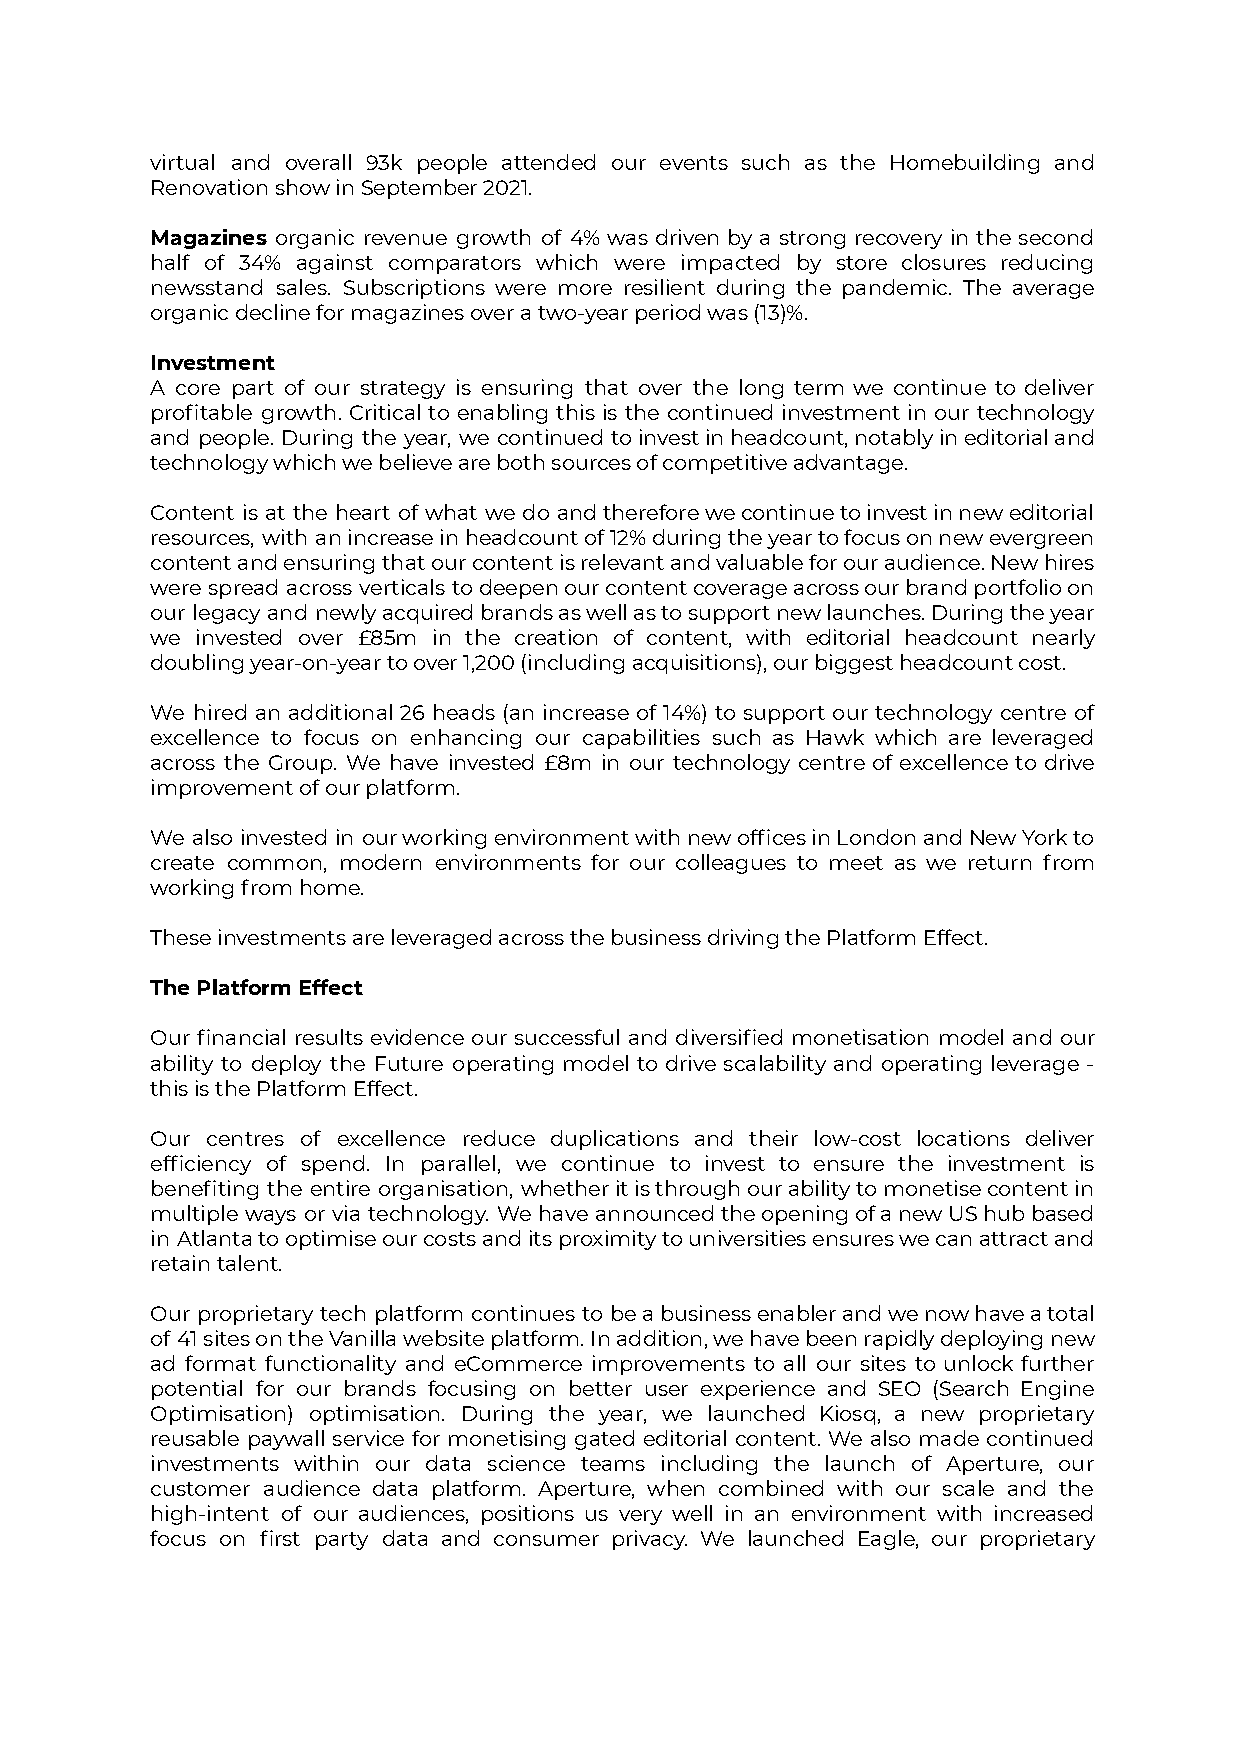
virtual and overall 93k people attended our events such as the Homebuilding and
 Renovation show in September 2021.
 Magazines organic revenue growth of 4% was driven by a strong recovery in the second
 half of 34% against comparators which were impacted by store closures reducing
 newsstand sales. Subscriptions were more resilient during the pandemic. The average
 organic decline for magazines over a two-year period was (13)%.
 Investment
 A core part of our strategy is ensuring that over the long term we continue to deliver
 profitable growth. Critical to enabling this is the continued investment in our technology
 and people. During the year, we continued toinvestinheadcount,notablyineditorialand
 technology which we believe are both sources of competitive advantage.
 Content is at the heart of what we do andthereforewecontinuetoinvestinneweditorial
 resources, with anincreaseinheadcountof12%duringtheyeartofocusonnewevergreen
 contentandensuringthatourcontentisrelevantandvaluableforouraudience.Newhires
 were spread across verticals todeepenourcontentcoverageacrossourbrandportfolioon
 our legacy and newlyacquiredbrandsaswellastosupportnewlaunches.Duringtheyear
 we invested over £85m in the creation of content, with editorial headcount nearly
 doubling year-on-year to over 1,200 (including acquisitions), our biggest headcount cost.
 We hired an additional 26 heads (an increase of 14%) to support our technology centre of
 excellence to focus on enhancing our capabilities such as Hawk which are leveraged
 across the Group. We have invested £8m in our technology centre of excellence to drive
 improvement of our platform.
 We also invested in ourworkingenvironmentwithnewofficesinLondonandNewYorkto
 create common, modern environments for our colleagues to meet as we return from
 working from home.
 These investments are leveraged across the business driving the Platform Effect.
 The Platform Effect
 Our financial results evidence our successful and diversified monetisation model and our
 ability to deploy the Future operating model to drive scalability and operating leverage -
 this is the Platform Effect.
 Our centres of excellence reduce duplications and their low-cost locations deliver
 efficiency of spend. In parallel, we continue to invest to ensure the investment is
 benefiting the entire organisation, whetheritisthroughourabilitytomonetisecontentin
 multiple ways or via technology. We have announcedtheopeningofanewUShubbased
 in Atlantatooptimiseourcostsanditsproximitytouniversitiesensureswecanattractand
 retain talent.
 Our proprietary tech platform continues to beabusinessenablerandwenowhaveatotal
 of 41sitesontheVanillawebsiteplatform.Inaddition,wehavebeenrapidlydeployingnew
 ad format functionality and eCommerce improvements to all our sites to unlock further
 potential for our brands focusing on better user experience and SEO (Search Engine
 Optimisation) optimisation. During the year, we launched Kiosq, a new proprietary
 reusable paywall service for monetising gated editorial content. We also made continued
 investments within our data science teams including the launch of Aperture, our
 customer audience data platform. Aperture, when combined with our scale and the
 high-intent of our audiences, positions us very well in an environment with increased
 focus on first party data and consumer privacy. We launched Eagle, our proprietary